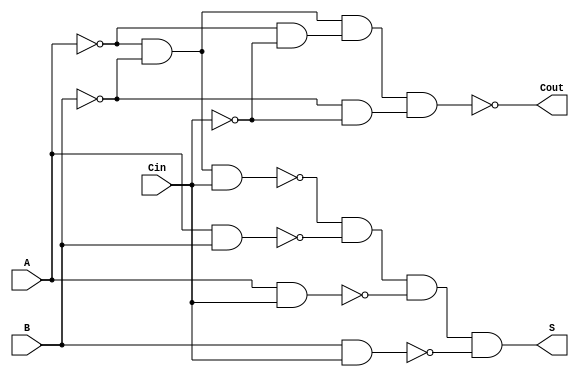
module NegativeCircuitFullAdder (
    input wire A,     // First binary input
    input wire B,     // Second binary input
    input wire Cin,   // Carry input
    output wire S,    // Sum output
    output wire Cout   // Carry output
);

// Intermediate signals for negative logic
wire A_neg = ~A;  // NOT A
wire B_neg = ~B;  // NOT B
wire Cin_neg = ~Cin; // NOT Cin

// Sum output: S = A XOR B XOR Cin
assign S = ~(A_neg & B_neg & Cin) & ~(A & B) & ~(A & Cin) & ~(B & Cin);

// Carry output: Cout = (A AND B) OR (A AND Cin) OR (B AND Cin)
assign Cout = ~((A_neg & B_neg) & (A_neg & Cin_neg) & (B_neg & Cin_neg));

endmodule